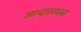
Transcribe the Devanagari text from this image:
आचारस्थळ